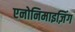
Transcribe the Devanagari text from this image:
एनोनिमाइज़िंग